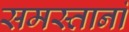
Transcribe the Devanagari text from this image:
समस्तानां